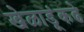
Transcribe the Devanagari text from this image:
खेळाडूंकढे